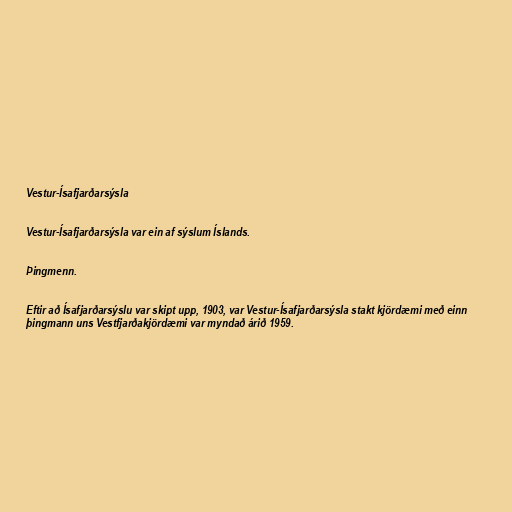
Vestur-Ísafjarðarsýsla

Vestur-Ísafjarðarsýsla var ein af sýslum Íslands.

Þingmenn.

Eftir að Ísafjarðarsýslu var skipt upp, 1903, var Vestur-Ísafjarðarsýsla stakt kjördæmi með einn
þingmann uns Vestfjarðakjördæmi var myndað árið 1959.